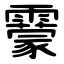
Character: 靀